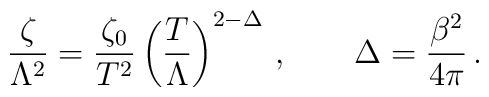
\frac\zeta{\Lambda^2} = \frac{\zeta_0}{T^2}   \left(\frac T\Lambda\right)^{2-\Delta}\,,\qquad   \Delta = \frac{\beta^2}{4\pi}\,.